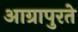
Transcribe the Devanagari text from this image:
आग्रापुरते